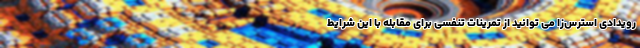
رویدادی استرس‌زا می توانید از تمرینات تنفسی برای مقابله با این شرایط